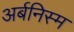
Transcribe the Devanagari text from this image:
अर्बनिस्म